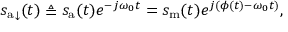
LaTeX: { s _ { \mathrm { a } } } _ { \downarrow } ( t ) \triangleq s _ { \mathrm { a } } ( t ) e ^ { - j \omega _ { 0 } t } = s _ { \mathrm { m } } ( t ) e ^ { j ( \phi ( t ) - \omega _ { 0 } t ) } ,